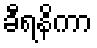
ခီရနိကာ